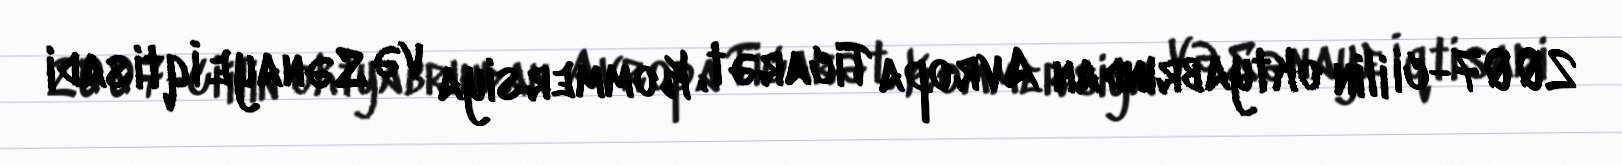
2007-ci ilin oktyabrından Avropa Ticarət, Kommersiya və Sənaye İqtisadi